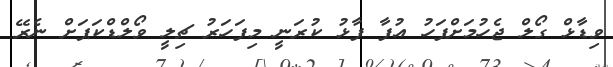
ވިޑާޅް ގޯލް ޖެހުމަށްފަހު އުފާ ފާޅު ކުރަނީ މިފަހަރު ޗިލީ ވޯލްޑްކަޕަށް ނެރޭ